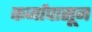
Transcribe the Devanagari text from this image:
कर्जापासून